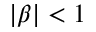
| \beta | < 1